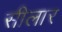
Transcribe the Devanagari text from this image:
सीलार